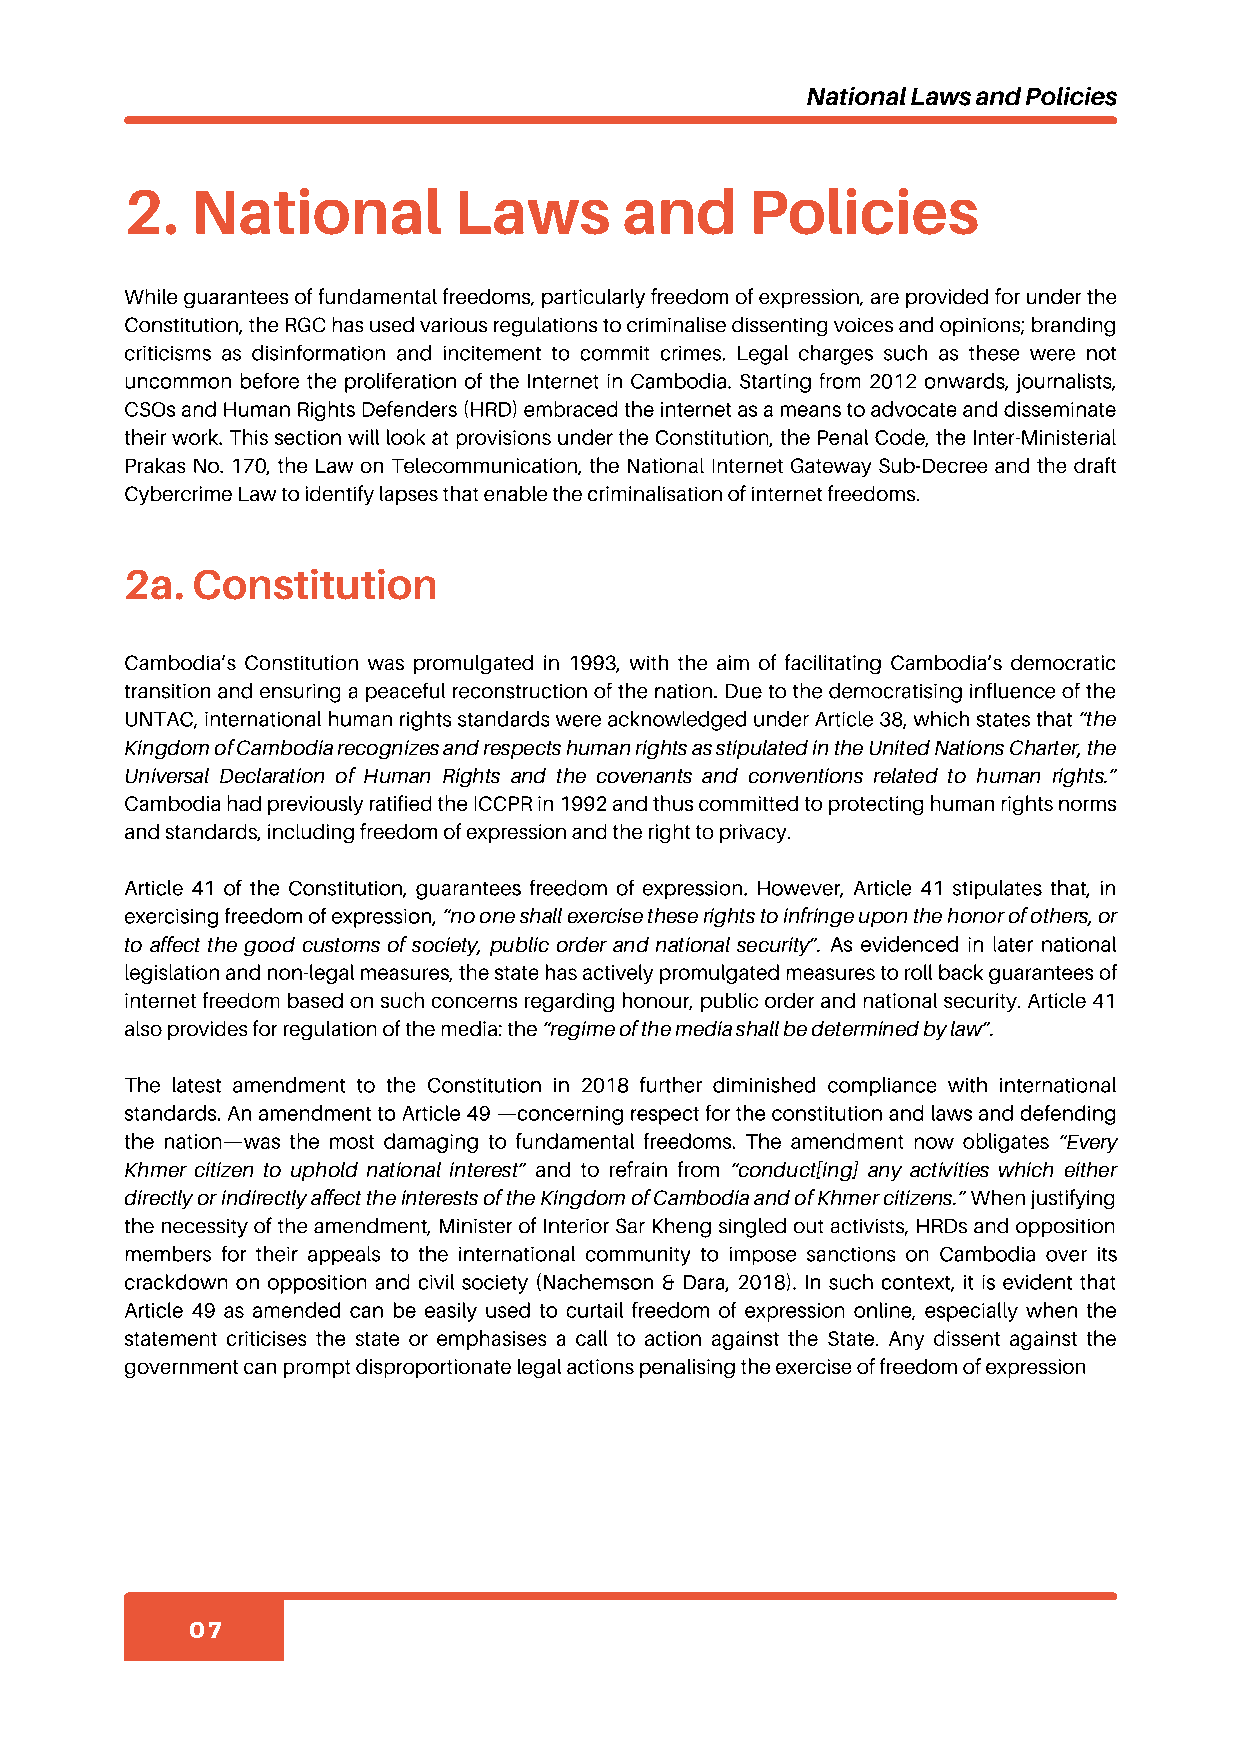
National Laws and Policies
 2.   National         Laws       and      Policies
 While guarantees of fundamental freedoms, particularly freedom of expression, are provided for under the
 Constitution, the RGC has used various regulations to criminalise dissenting voices and opinions; branding
 criticisms as disinformation and incitement to commit crimes. Legal charges such as these were not
 uncommon before the proliferation of the Internet in Cambodia. Starting from 2012 onwards, journalists,
 CSOs and Human Rights Defenders (HRD) embraced the internet as a means to advocate and disseminate
 their work. This section will look at provisions under the Constitution, the Penal Code, the Inter-Ministerial
 Prakas No. 170, the Law on Telecommunication, the National Internet Gateway Sub-Decree and the draft
 Cybercrime Law to identify lapses that enable the criminalisation of internet freedoms.
 2a.  Constitution
 Cambodia’s Constitution was promulgated in 1993, with the aim of facilitating Cambodia’s democratic
 transition and ensuring a peaceful reconstruction of the nation. Due to the democratising influence of the
 UNTAC, international human rights standards were acknowledged under Article 38, which states that “the
 Kingdom of Cambodia recognizes and respects human rights as stipulated in the United Nations Charter, the
 Universal Declaration of Human Rights and the covenants and conventions related to human rights.”
 Cambodia had previously ratified the ICCPR in 1992 and thus committed to protecting human rights norms
 and standards, including freedom of expression and the right to privacy.
 Article 41 of the Constitution, guarantees freedom of expression. However, Article 41 stipulates that, in
 exercising freedom of expression, “no one shall exercise these rights to infringe upon the honor of others, or
 to affect the good customs of society, public order and national security”. As evidenced in later national
 legislation and non-legal measures, the state has actively promulgated measures to roll back guarantees of
 internet freedom based on such concerns regarding honour, public order and national security. Article 41
 also provides for regulation of the media: the “regime of the media shall be determined by law”.
 The latest amendment to the Constitution in 2018 further diminished compliance with international
 standards. An amendment to Article 49 —concerning respect for the constitution and laws and defending
 the nation—was the most damaging to fundamental freedoms. The amendment now obligates “Every
 Khmer citizen to uphold national interest” and to refrain from “conduct[ing] any activities which either
 directly or indirectly affect the interests of the Kingdom of Cambodia and of Khmer citizens.” When justifying
 the necessity of the amendment, Minister of Interior Sar Kheng singled out activists, HRDs and opposition
 members for their appeals to the international community to impose sanctions on Cambodia over its
 crackdown on opposition and civil society (Nachemson & Dara, 2018). In such context, it is evident that
 Article 49 as amended can be easily used to curtail freedom of expression online, especially when the
 statement criticises the state or emphasises a call to action against the State. Any dissent against the
 government can prompt disproportionate legal actions penalising the exercise of freedom of expression
 07